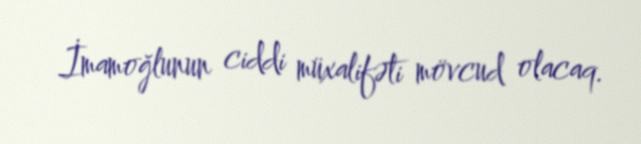
İmamoğlunun ciddi müxalifəti mövcud olacaq.